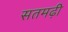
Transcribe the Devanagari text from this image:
सतमढ़ी